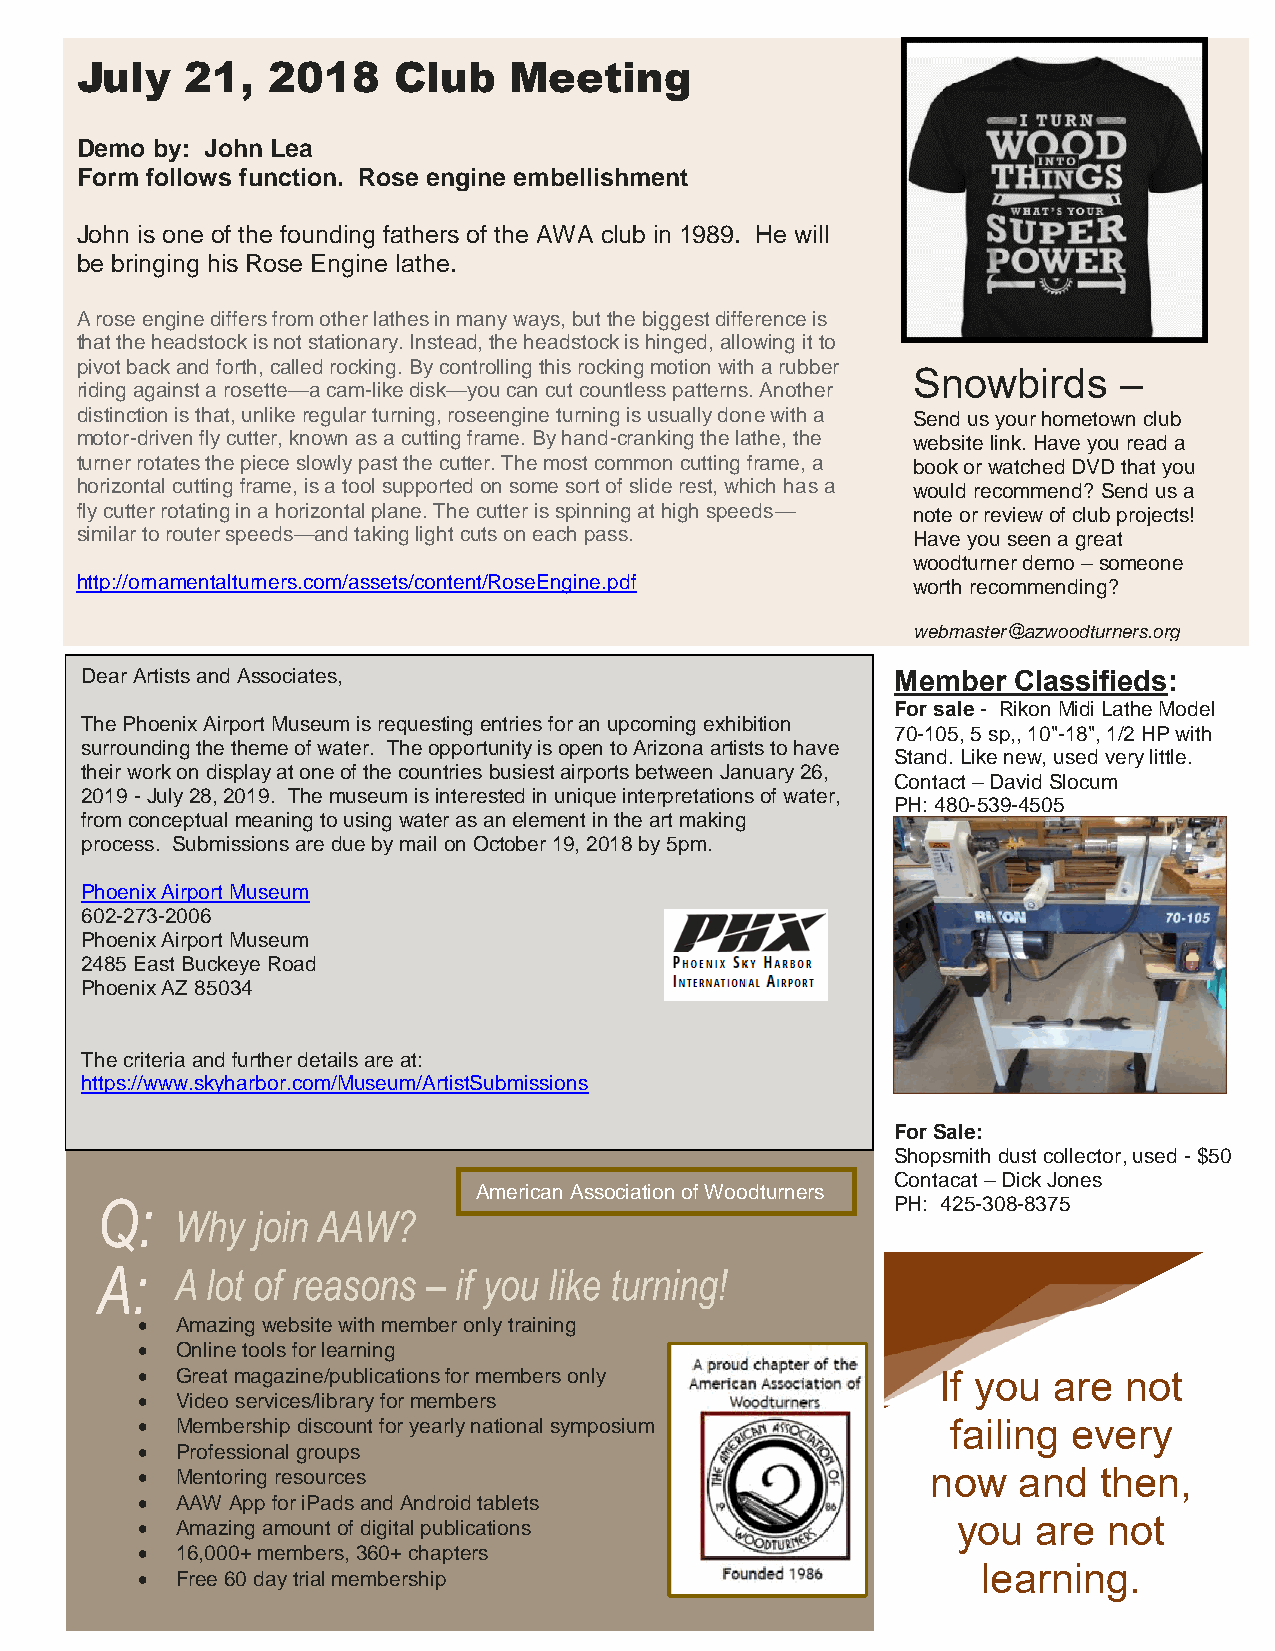
July   21,   2018    Club    Meeting
 Demo by: John Lea
 Form follows function. Rose engine embellishment
 John is one of the founding fathers of the AWA club in 1989. He will
 be bringing his Rose Engine lathe.
 A rose engine differs from other lathes in many ways, but the biggest difference is
 that the headstock is not stationary. Instead, the headstock is hinged, allowing it to
 pivot back and forth, called rocking. By controlling this rocking motion with a rubber
 Snowbirds     –
 riding against a rosette—a cam-like disk—you can cut countless patterns. Another
 distinction is that, unlike regular turning, roseengine turning is usually done with a Send us your hometown club
 motor-driven fly cutter, known as a cutting frame. By hand-cranking the lathe, the website link. Have you read a
 turner rotates the piece slowly past the cutter. The most common cutting frame, a book or watched DVD that you
 horizontal cutting frame, is a tool supported on some sort of slide rest, which has a would recommend? Send us a
 fly cutter rotating in a horizontal plane. The cutter is spinning at high speeds— note or review of club projects!
 similar to router speeds—and taking light cuts on each pass. Have you seen a great
 woodturner demo – someone
 http://ornamentalturners.com/assets/content/RoseEngine.pdf worth recommending?
 webmaster@azwoodturners.org
 Dear Artists and Associates,                          Member  Classifieds:
 For sale - Rikon Midi Lathe Model
 The Phoenix Airport Museum is requesting entries for an upcoming exhibition
 70-105, 5 sp,, 10"-18", 1/2 HP with
 surrounding the theme of water. The opportunity is open to Arizona artists to have
 Stand. Like new, used very little.
 their work on display at one of the countries busiest airports between January 26,
 Contact – David Slocum
 2019 - July 28, 2019. The museum is interested in unique interpretations of water,
 PH: 480-539-4505
 from conceptual meaning to using water as an element in the art making
 process. Submissions are due by mail on October 19, 2018 by 5pm.
 Phoenix Airport Museum
 602-273-2006
 Phoenix Airport Museum
 2485 East Buckeye Road
 Phoenix AZ 85034
 The criteria and further details are at:
 https://www.skyharbor.com/Museum/ArtistSubmissions
 For Sale:
 Shopsmith dust collector, used - $50
 Contacat – Dick Jones
 American Association of Woodturners
 PH: 425-308-8375
 •  Amazing website with member only training
 •  Online tools for learning
 •  Great magazine/publications for members only      If you  are not
 •  Video services/library for members
 •  Membership discount for yearly national symposium  failing every
 •  Professional groups
 •  Mentoring resources                               now  and   then,
 •  AAW App for iPads and Android tablets
 you   are not
 •  Amazing amount of digital publications
 •  16,000+ members, 360+ chapters
 learning.
 •  Free 60 day trial membership